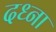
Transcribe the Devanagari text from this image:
दध्ना